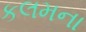
કલમના